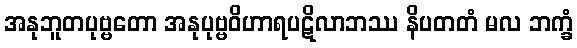
အနုဘူတပုဗ္ဗတော အနုပုဗ္ဗဝိဟာရပဋိလာဘဿ နိပတတံ မလ ဘက္ခံ